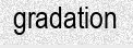
gradation